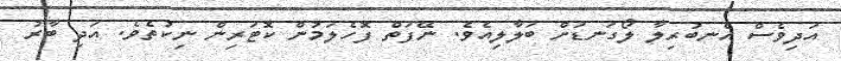
އަދިވެސް އެނބުރިލާ ލޯގަނޑަށް ބަލާލިއެވެ. ނޭފަތް ފޮހެލަމުން ކޮޓަރިން ނިކުތެވެ. އަދި ބާރު